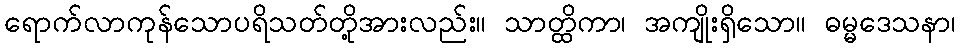
ရောက်လာကုန်သောပရိသတ်တို့အားလည်း။ သာတ္ထိကာ၊ အကျိုးရှိသော။ ဓမ္မဒေသနာ၊